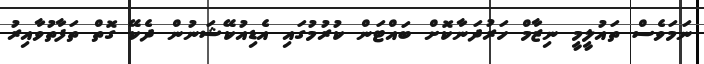
ނަމަވެސް ތައުލީމީ ނިޒާމް ހަރުދަނާކޮށް ބައްޓަން ކުރުމުގައި އެޑިއުކޭޝަނުން ދެކޭ ގޮތް ތަފާތުވާއިރު